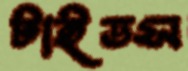
টাইডস